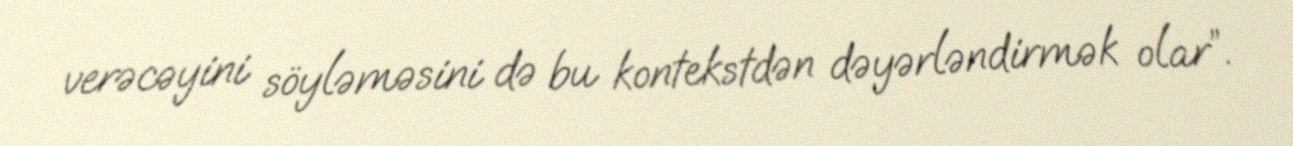
verəcəyini söyləməsini də bu kontekstdən dəyərləndirmək olar”.